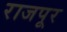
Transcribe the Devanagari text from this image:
राजपूर